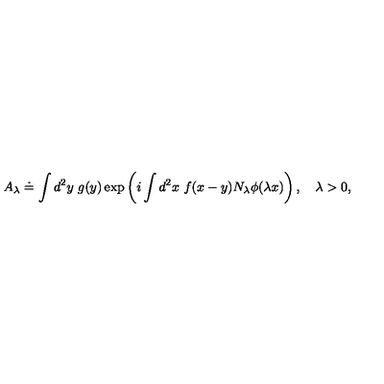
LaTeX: A _ { \lambda } \doteq \int d ^ { 2 } y \ g ( y ) \exp \left( i \int d ^ { 2 } x \ f ( x - y ) N _ { \lambda } \phi ( \lambda x ) \right) , \quad \lambda > 0 ,